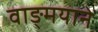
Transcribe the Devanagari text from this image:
वाङ्मयाने